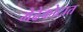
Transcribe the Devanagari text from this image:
मेढेकोटात